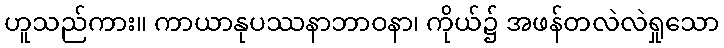
ဟူသည်ကား။ ကာယာနုပဿနာဘာဝနာ၊ ကိုယ်၌ အဖန်တလဲလဲရှုသော